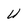
Character: U